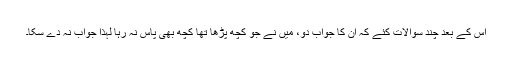
اس کے بعد چند سوالات کئے کہ ان کا جواب دو، میں نے جو کچھ پڑھا تھا کچھ بھی پاس نہ رہا لہذا جواب نہ دے سکا۔